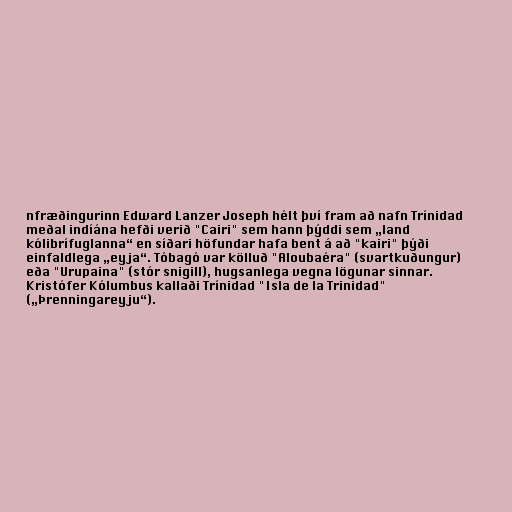
nfræðingurinn Edward Lanzer Joseph hélt því fram að nafn Trínidad
meðal indíána hefði verið "Cairi" sem hann þýddi sem „land
kólibrífuglanna“ en síðari höfundar hafa bent á að "kairi" þýði
einfaldlega „eyja“. Tóbagó var kölluð "Aloubaéra" (svartkuðungur)
eða "Urupaina" (stór snigill), hugsanlega vegna lögunar sinnar.
Kristófer Kólumbus kallaði Trínidad "Isla de la Trinidad"
(„Þrenningareyju“).